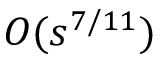
O ( s ^ { 7 / 1 1 } )